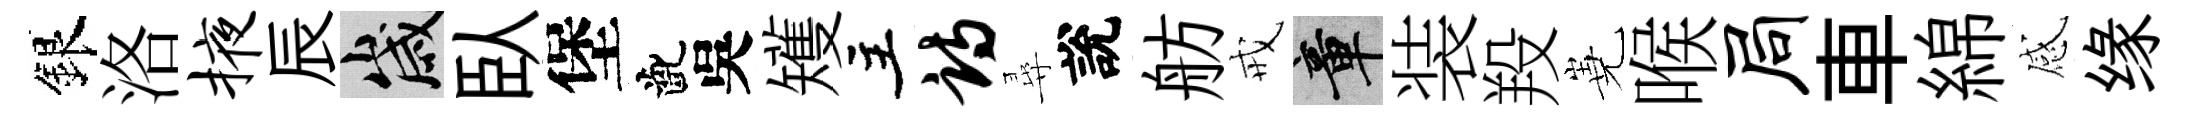
銀洛掖辰歲臥堡齔吳矱主诗尋說舫戒章装羖嶤喉局車綿感缘